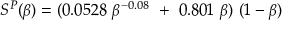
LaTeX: S ^ { P } ( \beta ) = ( 0 . 0 5 2 8 ~ \beta ^ { - 0 . 0 8 } ~ + ~ 0 . 8 0 1 ~ \beta ) ~ ( 1 - \beta )